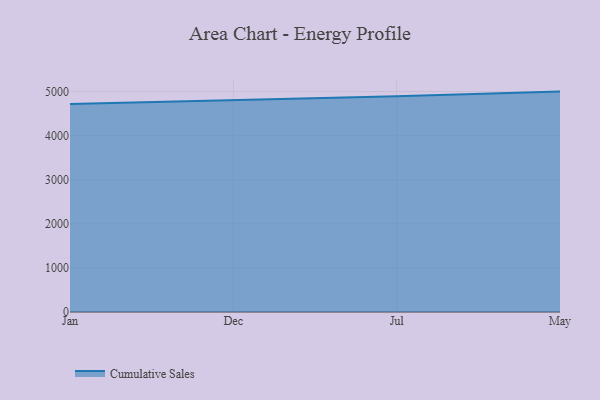
{"axis": {"x": "Month", "y": "Inventory Turnover"}, "legend": ["Cumulative Sales"], "data": [{"x": "Jan", "y": 4716.6, "type": "Cumulative Sales"}, {"x": "Dec", "y": 4803.1, "type": "Cumulative Sales"}, {"x": "Jul", "y": 4895.0, "type": "Cumulative Sales"}, {"x": "May", "y": 5000, "type": "Cumulative Sales"}]}